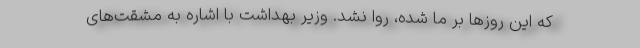
که این روزها بر ما شده، روا نشد. وزیر بهداشت با اشاره به مشقت‌های